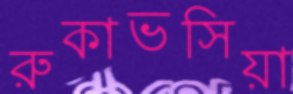
রুকাভসিয়া